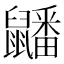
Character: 𪖇